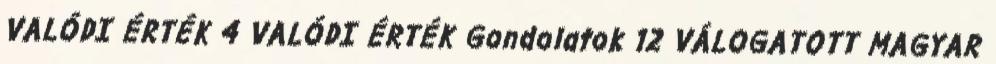
VALÓDI ÉRTÉK 4 VALÓDI ÉRTÉK Gondolatok 12 VÁLOGATOTT MAGYAR